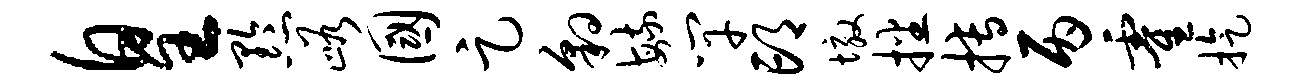
皇黔峪国足豹毓竿邙墩播搏丙霍旋